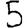
Digit: 5